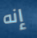
إنه